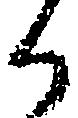
か